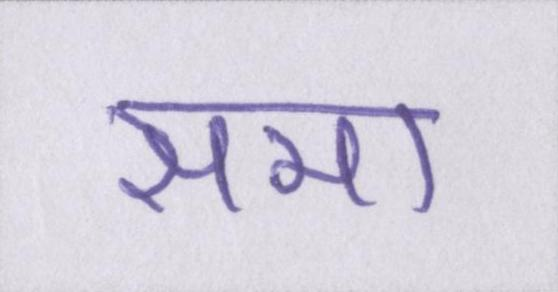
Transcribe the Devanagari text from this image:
समा